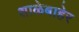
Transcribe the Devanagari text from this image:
शाळेबाहेर